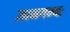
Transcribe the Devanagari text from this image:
ज्ञानगम्यः